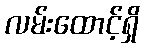
လမ်းထောင့်ရှိ